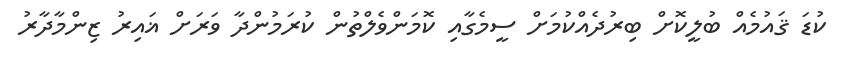
ކުޑަ ޤައުމެއް ބުލީކޮށް ބިރުދެއްކުމަށް ސީމެގާއި ކޮމަންވެލްތުން ކުރަމުންދާ ވަރަށް ޣައިރު ޒިންމާދާރު